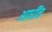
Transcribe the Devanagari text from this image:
आधींच